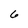
Character: 6